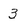
Character: 3